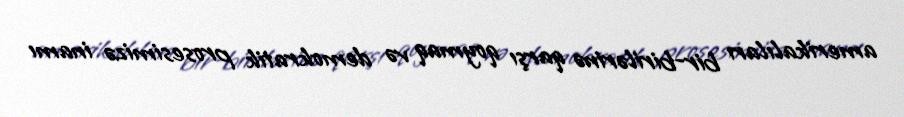
amerikalıları bir-birilərinə qarşı qoymaq və demokratik prosesimizə inamı